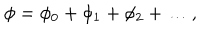
LaTeX: \phi = \phi _ { 0 } + \phi _ { 1 } + \phi _ { 2 } + \ldots ,